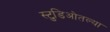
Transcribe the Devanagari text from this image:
स्टुडिओतल्या